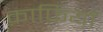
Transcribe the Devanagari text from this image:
क़ाफ़ियों